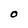
Character: O